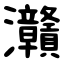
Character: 灨